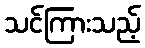
သင်ကြားသည့်